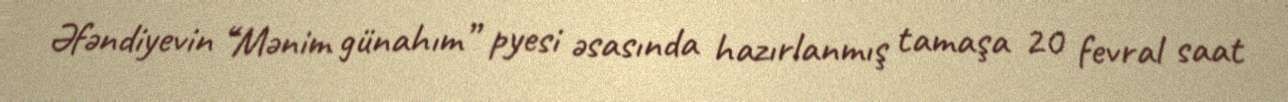
Əfəndiyevin “Mənim günahım” pyesi əsasında hazırlanmış tamaşa 20 fevral saat